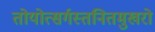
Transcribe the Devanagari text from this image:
तोयोत्सर्गस्तनितमुखरो